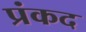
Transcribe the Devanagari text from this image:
प्रंकद